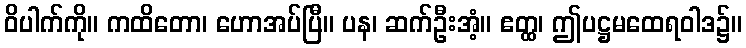
ဝိပါက်ကို။ ကထိတော၊ ဟောအပ်ပြီ။ ပန၊ ဆက်ဦးအံ့။ ဧတ္ထ၊ ဤပဋ္ဌမထေရဝါဒ၌။